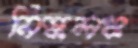
নিষ্কলঙ্ক